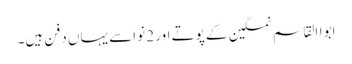
ابواالقاسم نمکین کے پوتے اور 2 نواسے یہاں دفن ہیں۔